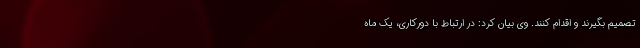
تصمیم بگیرند و اقدام کنند. وی بیان کرد: در ارتباط با دورکاری، یک ماه